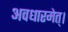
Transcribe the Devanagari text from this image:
अवधारमेत्।